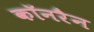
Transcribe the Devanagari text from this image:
कॉनरैन